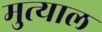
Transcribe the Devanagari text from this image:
मुत्याल